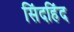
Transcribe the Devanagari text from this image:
सिंदहिंद